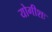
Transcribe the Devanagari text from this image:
योगीशः